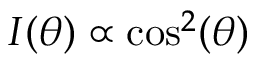
I ( \theta ) \propto \cos ^ { 2 } ( \theta )